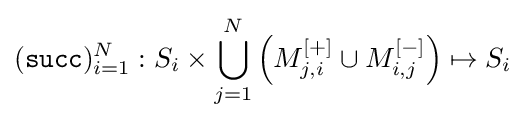
({\mathtt {succ}})_{i=1}^{N}:S_{i}\times \bigcup _{j=1}^{N}\left(M_{j,i}^{[+]}\cup M_{i,j}^{[-]}\right)\mapsto S_{i}